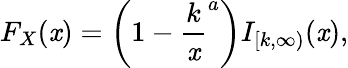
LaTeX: F_{X}(\mathit{x})=\left(1-{\frac{{k}}{{\mathit{x}}}}^{a}\right)I_{[k,\infty)}(\mathit{x}),